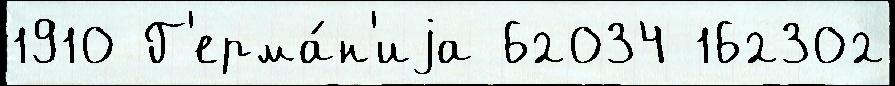
1910 Г'ерма́н'иjа 62034 162302